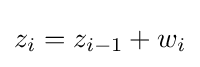
z_{i}=z_{i-1}+w_{i}